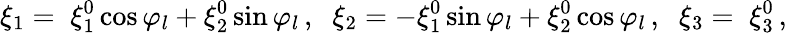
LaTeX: \xi_{1}=\; \xi_{1}^{0}\cos{\varphi_{l}}+\xi_{2}^{0}\sin{\varphi_{l}}\, ,\; \; \xi_{2}=-\xi_{1}^{0}\sin{\varphi_{l}}+\xi_{2}^{0}\cos{\varphi_{l}}\, ,\; \; \xi_{3}=\; \xi_{3}^{0}\, ,